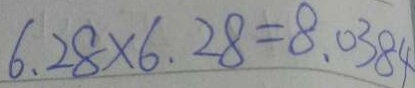
6 . 2 8 \times 6 . 2 8 = 8 . 0 3 8 4